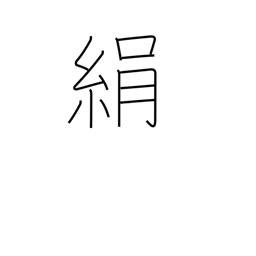
Meaning: silk